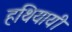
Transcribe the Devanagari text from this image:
हथियायी